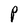
Character: P